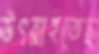
উৎরাইতেছ